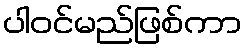
ပါဝင်မည်ဖြစ်ကာ